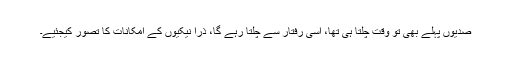
صدیوں پہلے بھی تو وقت چلتا ہی تھا، اسی رفتار سے چلتا رہے گا، ذرا نیکیوں کے امکانات کا تصور کیجئیے۔